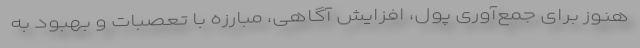
هنوز برای جمع‌آوری پول، افزایش آگاهی، مبارزه با تعصبات و بهبود به